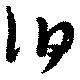
伯